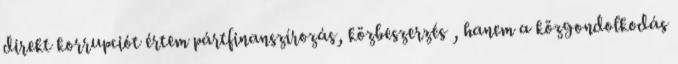
direkt korrupciót értem pártfinanszírozás, közbeszerzés , hanem a közgondolkodás